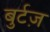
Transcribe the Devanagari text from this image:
बुर्टज़